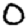
Digit: 0